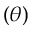
\left( \theta \right)